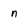
Character: n